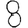
Digit: 8